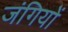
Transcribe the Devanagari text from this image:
जंगियों